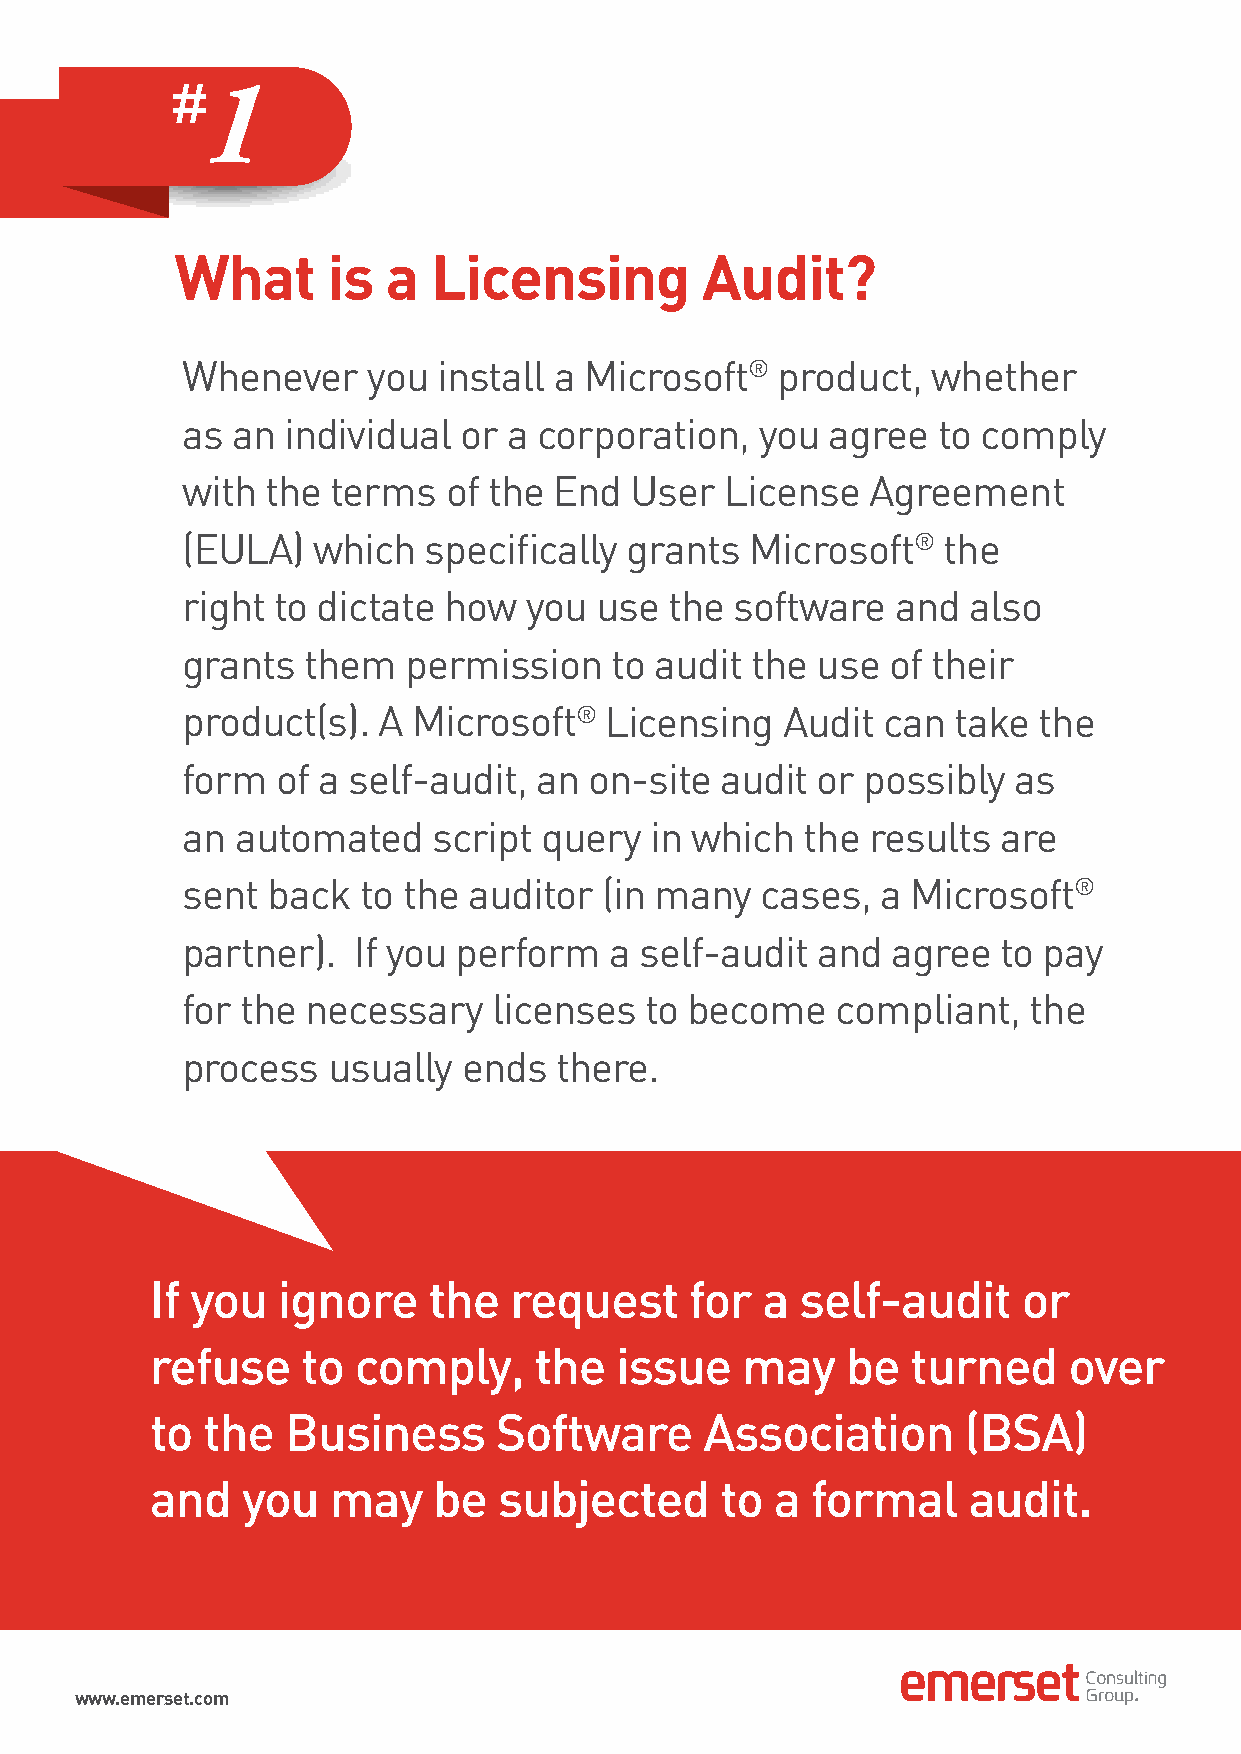
1
 What      is  a Licensing         Audit?
 Whenever    you  install a Microsoft®  product,   whether
 as an  individual or  a corporation,  you  agree  to comply
 with  the terms  of the  End  User  License   Agreement
 (EULA)   which  specifically grants   Microsoft®  the
 right to dictate how   you use  the  software  and  also
 grants  them   permission   to audit  the use  of their
 product(s).  A Microsoft®   Licensing   Audit can  take  the
 form  of a self-audit, an  on-site  audit or possibly  as
 an  automated    script query  in which  the results  are
 sent  back  to the auditor  (in many  cases,  a Microsoft®
 partner).  If you perform   a self-audit  and  agree  to pay
 for the necessary    licenses  to become   compliant,   the
 process   usually  ends  there.
 If you  ignore    the   request     for a  self-audit     or
 refuse    to comply,     the   issue   may    be  turned     over
 to the   Business      Software      Association      (BSA)
 and   you   may    be  subjected      to a  formal    audit.
 www.emerset.com